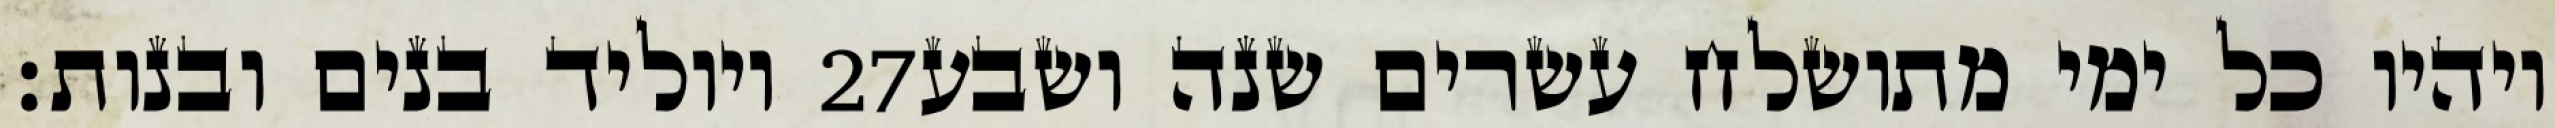
ויוליד בנים ובנות׃ ‎27‏ ויהיו כל ימי מתושלח עשרים שנה ושבע